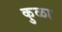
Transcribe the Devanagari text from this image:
कुळा